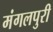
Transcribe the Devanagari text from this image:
मंगलपुरी